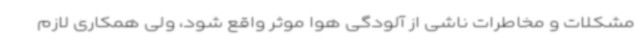
مشکلات و مخاطرات ناشی از آلودگی هوا موثر واقع شود، ولی همکاری لازم